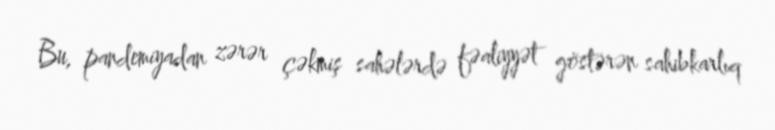
Bu, pandemiyadan zərər çəkmiş sahələrdə fəaliyyət göstərən sahibkarlıq